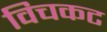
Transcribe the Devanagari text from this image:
विचकट